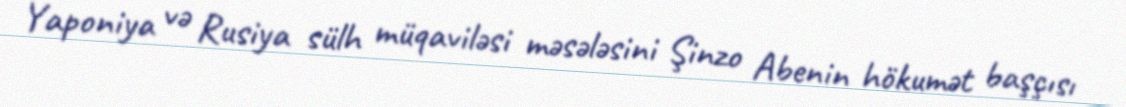
Yaponiya və Rusiya sülh müqaviləsi məsələsini Şinzo Abenin hökumət başçısı